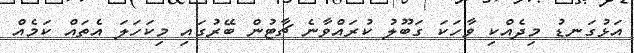
އަޅުގަނޑު މިދެއްކި ވާހަކަ ގަބޫލު ކުރައްވާނެ ޗާޓުން ބޭރުގައި މިކަހަލަ އެތައް ކަމެއް